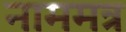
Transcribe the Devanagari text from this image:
नाममत्र